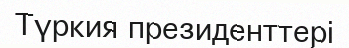
Түркия президенттері